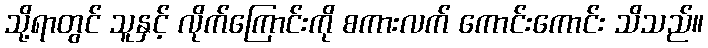
သို့ရာတွင် သူနှင့် လိုက်ကြောင်းကို စကားလက် ကောင်းကောင်း သိသည်။